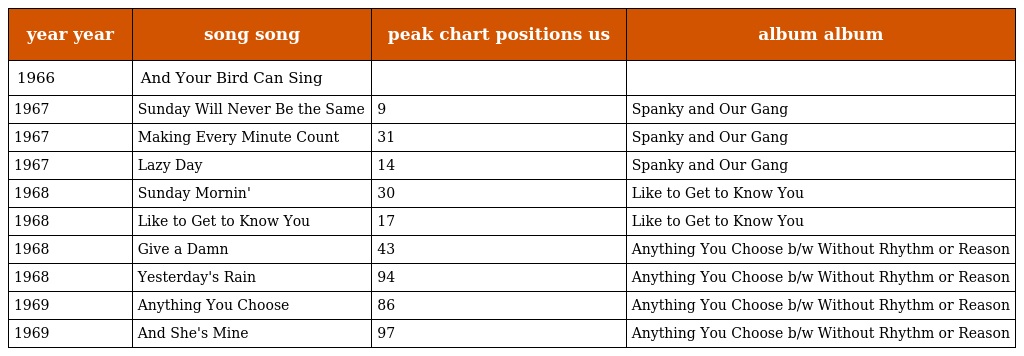
| year year | song song | peak chart positions us | album album |
 | --- | --- | --- | --- |
 | 1966 | And Your Bird Can Sing |  |  |
 | 1967 | Sunday Will Never Be the Same | 9 | Spanky and Our Gang |
 | 1967 | Making Every Minute Count | 31 | Spanky and Our Gang |
 | 1967 | Lazy Day | 14 | Spanky and Our Gang |
 | 1968 | Sunday Mornin' | 30 | Like to Get to Know You |
 | 1968 | Like to Get to Know You | 17 | Like to Get to Know You |
 | 1968 | Give a Damn | 43 | Anything You Choose b/w Without Rhythm or Reason |
 | 1968 | Yesterday's Rain | 94 | Anything You Choose b/w Without Rhythm or Reason |
 | 1969 | Anything You Choose | 86 | Anything You Choose b/w Without Rhythm or Reason |
 | 1969 | And She's Mine | 97 | Anything You Choose b/w Without Rhythm or Reason |